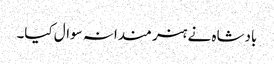
بادشاہ نے ہنر مندانہ سوال کیا۔